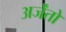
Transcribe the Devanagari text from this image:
अर्जेंतो